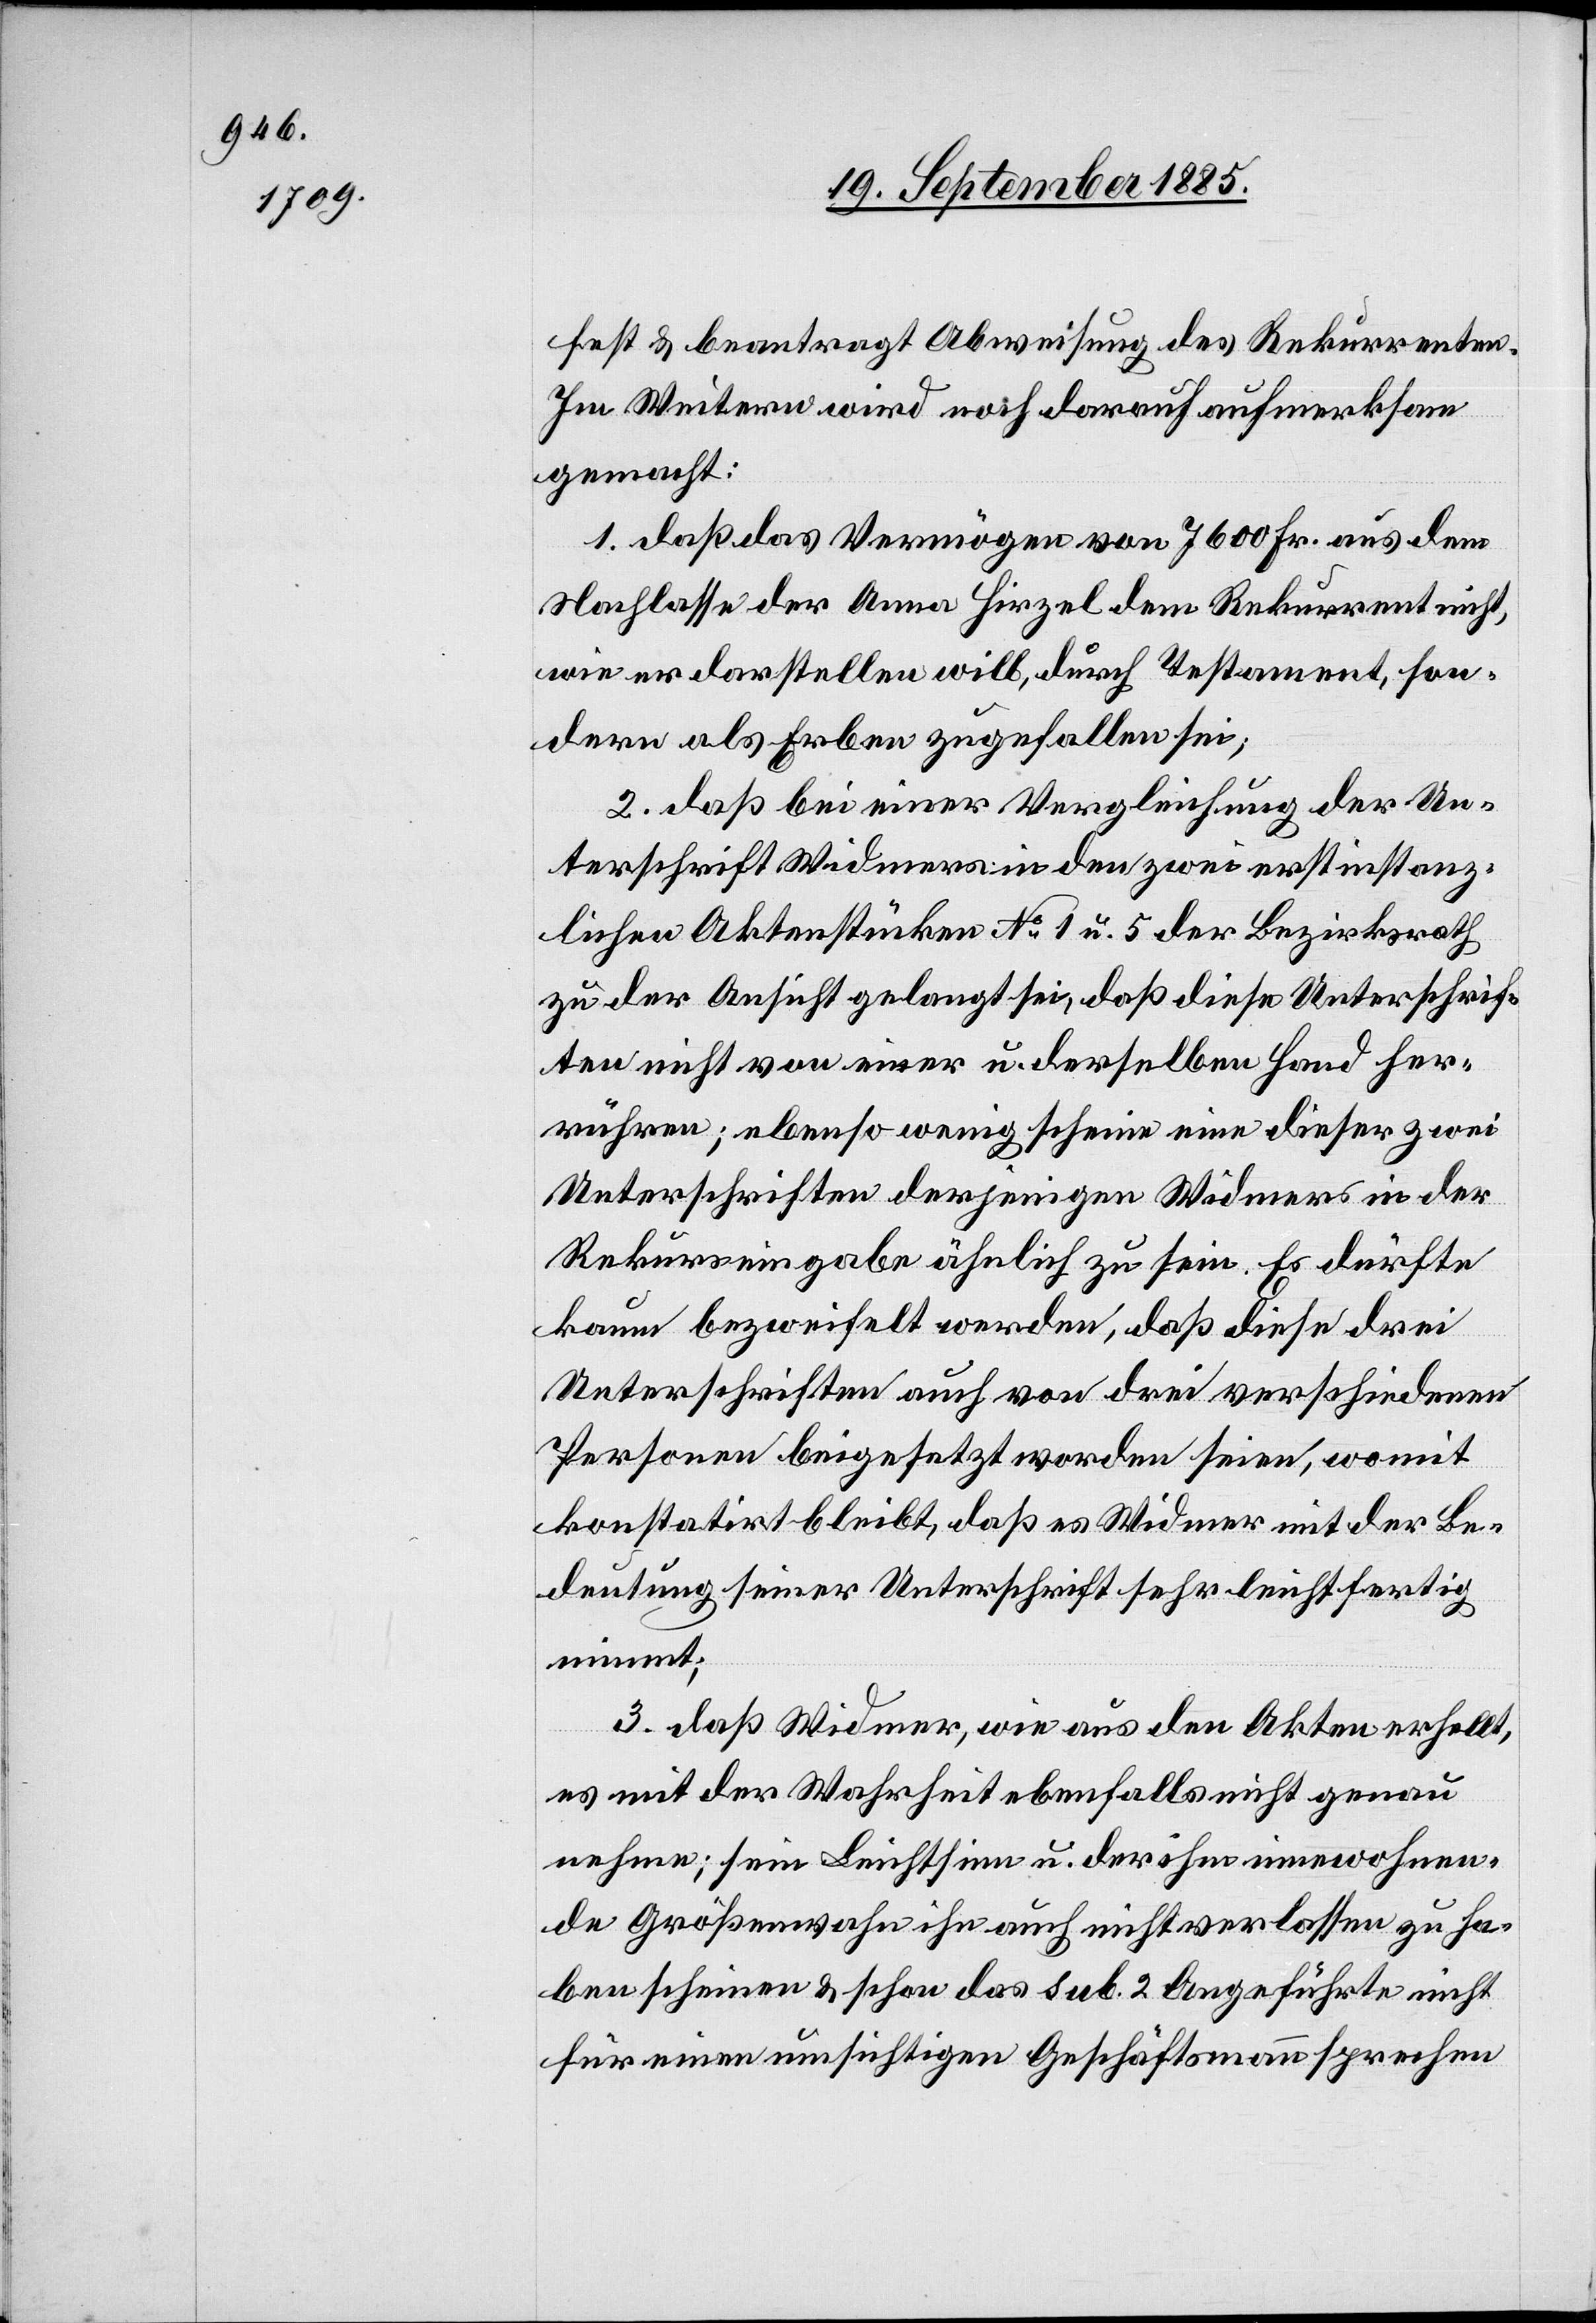
fest & beantragt Abweisung des Rekurrenten.
Im Weitern wird noch darauf aufmerksam
gemacht:
1. daß das Vermögen von 7600 Fr. aus dem
Nachlasse der Anna Hirzel dem Rekurrent nicht,
wie er darstellen will, durch Testament son¬
dern als Erben zugefallen sei;
2. daß bei einer Vergleichung der Un¬
terschrift Widmers in den zwei erstinstanz¬
lichen Aktenstücken No 1 u. 5 der Bezirksrath
zu der Ansicht gelangt sei, daß diese Unterschrif¬
ten nicht von einer u. derselben Hand her¬
rühren; ebenso wenig scheine eine dieser zwei
Unterschriften derjenigen Widmers in der
Rekurseingabe ähnlich zu sein. Es dürfte
kaum bezweifelt werden, daß diese drei
Unterschriften auch von drei verschiedenen
Personen beigesetzt worden seien, womit
konstatirt bleibt, daß es Widmer mit der Be¬
deutung seiner Unterschrift sehr leichtfertig
nimmt;
3. daß Widmer, wie aus den Akten erhellt,
es mit der Wahrheit ebenfalls nicht genau
nehme; sein Leichtsinn u. der ihm innewohnen¬
de Größenwahn ihn auch nicht verlassen zu ha¬
ben scheinen & schon das sub. 2 Angeführte nicht
für einen umsichtigen Geschäftsmann sprechen